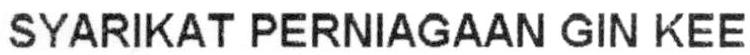
SYARIKAT PERNIAGAAN GIN KEE